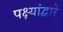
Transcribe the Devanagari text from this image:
पक्ष्यांद्वारे